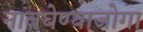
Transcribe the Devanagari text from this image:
नावघेण्याजोगा